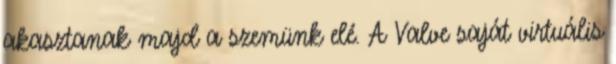
akasztanak majd a szemünk elé. A Valve saját virtuális